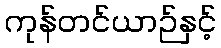
ကုန်တင်ယာဉ်နှင့်